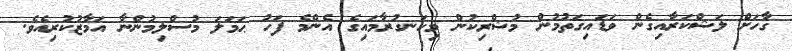
ގާހަށް ލަޝްކަރާއިގެން ވަޑައިގަތުމުން މުޝްރިކުން މިހަނގުރާމައިގެ އެންމެ ފަހު ޙަމަލަ މުސްލިމުންނާ އަމާޒުކުރިއެވެ.